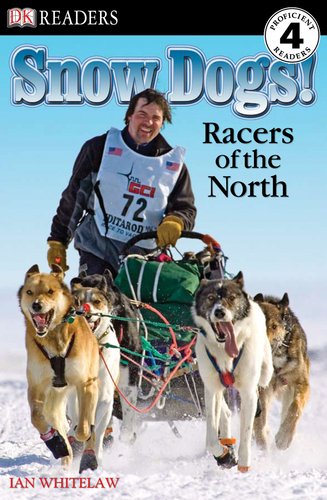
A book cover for DK Readers L4: Snow Dogs!: Racers of the North; Ian Whitelaw; Sports & Outdoors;